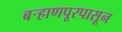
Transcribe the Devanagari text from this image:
बऱ्हाणपूरपासून